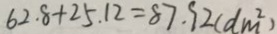
6 2 . 8 + 2 5 . 1 2 = 8 7 . 9 2 ( d m ^ { 2 } )